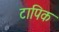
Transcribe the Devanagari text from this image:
टापिक